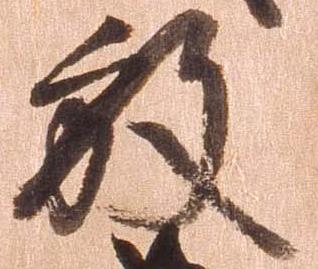
放